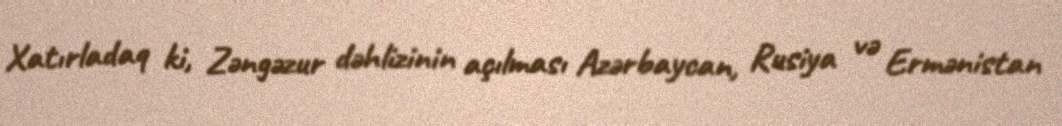
Xatırladaq ki, Zəngəzur dəhlizinin açılması Azərbaycan, Rusiya və Ermənistan